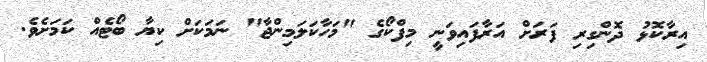
އިރާކޮޅު ދޮންގިރި ފަރަށް އަރާފައިވަނީ މިފްކޯގެ "މަހާކަލަމިންޖާ" ނަމަކަށް ކިޔާ ބޯޓެއް ކަމަށެވެ.